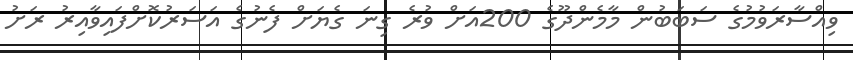
ވިއްސާރަވުމުގެ ސަބަބުން މާމެންދޫގެ 200އަށް ވުރެ ގިިނަ ގެޔަށް ފެނުގެ އަސަރުކޮށްފައިވާއިރު ރަށު